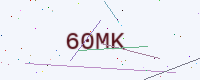
Text: 60MK